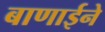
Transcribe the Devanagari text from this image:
बाणाईने